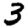
Digit: 3